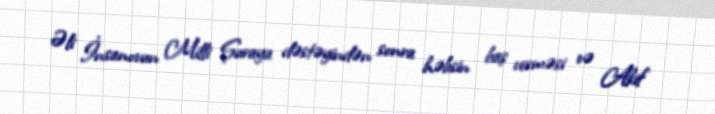
Əli İnsanovun Milli Şuraya dəstəyindən sonra həbsin baş verməsi və Akif